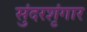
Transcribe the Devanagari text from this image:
सुंदरशृंगार